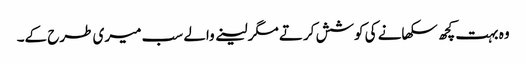
وہ بہت کچھ سکھانے کی کوشش کرتے مگر لینے والے سب میری طرح کے۔